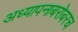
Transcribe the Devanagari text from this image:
अध्यापनाबरोबरच